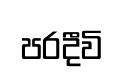
පරදීවි